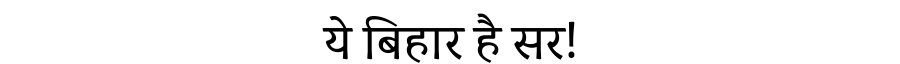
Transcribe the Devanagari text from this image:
ये बिहार है सर!